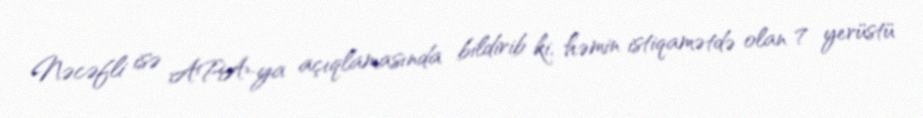
Nəcəfli isə APA-ya açıqlamasında bildirib ki, həmin istiqamətdə olan 7 yerüstü